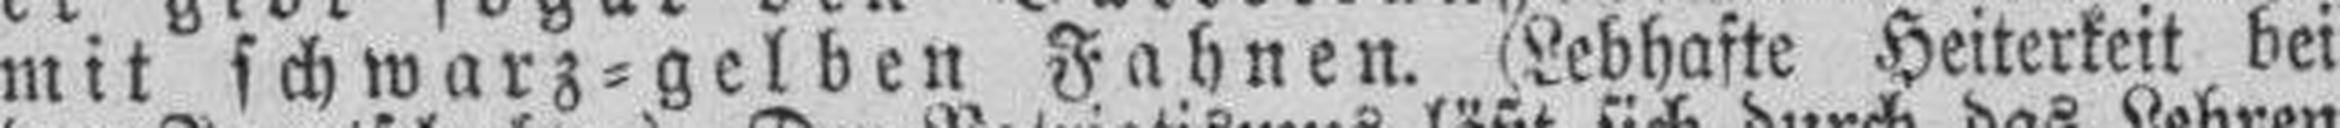
mit schwarz=gelben Fahnen. (Lebhafte Heiterkeit bei